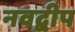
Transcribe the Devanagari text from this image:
नवद्बीप